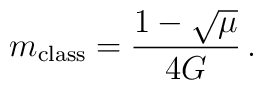
m_{\mathrm{class}} = \frac{1-\sqrt{\mu}}{4G}\,.